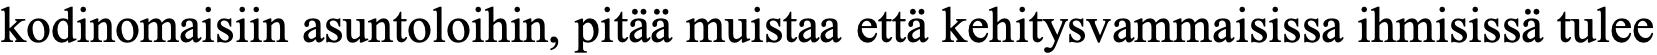
kodinomaisiin asuntoloihin, pitää muistaa että kehitysvammaisissa ihmisissä tulee